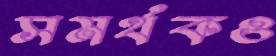
সমর্থকও